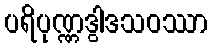
ပရိပုဏ္ဏဒွါဒသဝဿာ